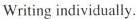
Writing individually